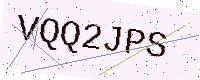
Text: VQQ2JPS